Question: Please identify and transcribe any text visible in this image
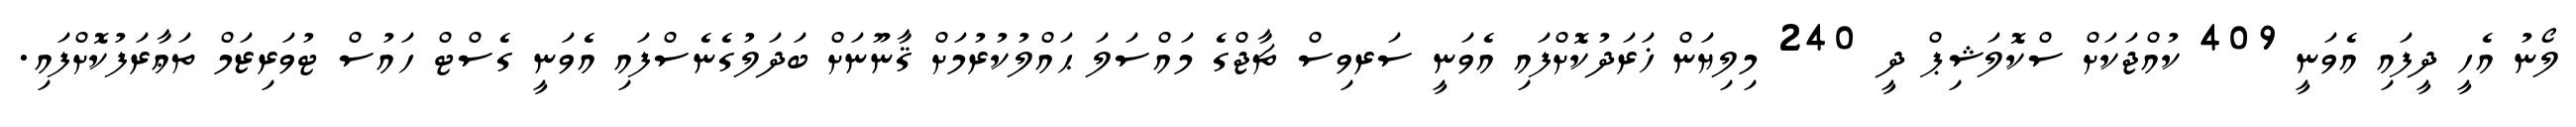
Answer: ލޯނު އެހީ ދީފައި އެވަނީ 409 ކުއްޖަކަށް ސްކޮލަޝިޕް ދީ 240 މިލިޔަން ޚަރަދުކޮށްފައި އެވަނީ ސަރވިސް ޗާޖްގެ މައްސަލަ ޙައްލުކުރުމަށް ޤާނޫނަށް ބަދަލުގެނެސްފައި އެވަނީ ގެސްޓް ހައުސް ޓުވަރިޒަމް ތަޢާރަފުކޮށްފައި.